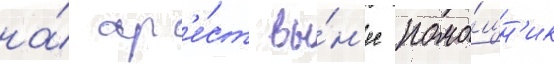
на́ ар'е́ст вы́н'ес помо́щн'ик